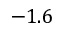
- 1 . 6